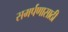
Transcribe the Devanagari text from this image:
समर्पणासाठी